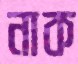
নাক